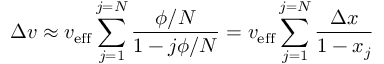
\Delta v \approx v _ { \mathrm { { e f f } } } \sum _ { j = 1 } ^ { j = N } { \frac { \phi / N } { 1 - j \phi / N } } = v _ { \mathrm { { e f f } } } \sum _ { j = 1 } ^ { j = N } { \frac { \Delta x } { 1 - x _ { j } } }